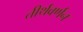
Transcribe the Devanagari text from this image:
तीर्थवर्णन